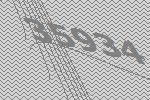
35934